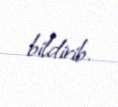
bildirib.